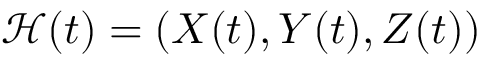
\mathcal { H } ( t ) = ( X ( t ) , Y ( t ) , Z ( t ) )